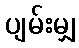
ပျမ်းမျှ